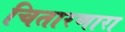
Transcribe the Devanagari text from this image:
चितारणारा